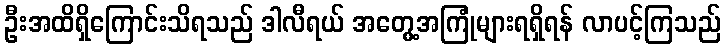
ဦးအထိရှိကြောင်းသိရသည် ဒါလီရယ် အတွေ့အကြုံများရရှိရန် လာပင့်ကြသည်